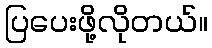
ပြပေးဖို့လိုတယ်။